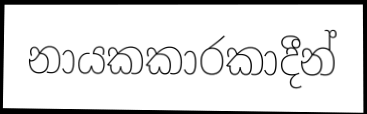
නායකකාරකාදීන්